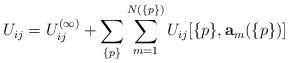
LaTeX: \begin{align*}U_{ij}=U^{(\infty)}_{ij}+\sum_{\{p\}}\sum^{N(\{p\})}_{m=1}U_{ij}[\{p\},{\bf a}_m(\{p\})]\end{align*}